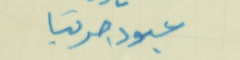
عبود جربتا